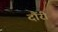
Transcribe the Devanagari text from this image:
दौंरी